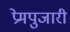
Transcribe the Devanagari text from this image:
प्रेमपुजारी